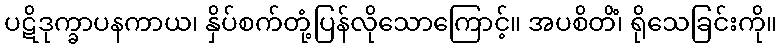
ပဋိဒုက္ခာပနကာယ၊ နှိပ်စက်တုံ့ပြန်လိုသောကြောင့်။ အပစိတိံ၊ ရိုသေခြင်းကို။